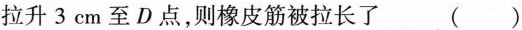
拉升 3 cm 至 D 点，则橡皮筋被拉长了 ( )